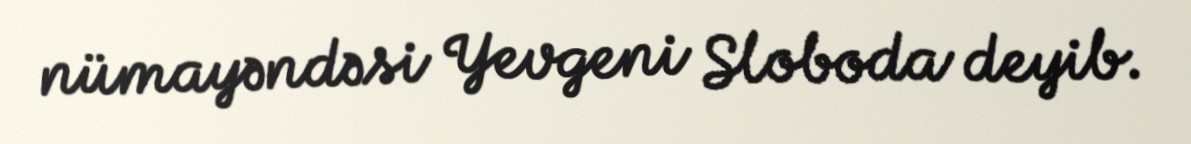
nümayəndəsi Yevgeni Sloboda deyib.